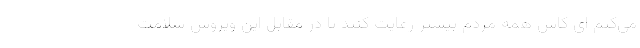
می‌کنم ای کاش همه مردم بیشتر رعایت کنند تا در مقابل این ویروس سلامت